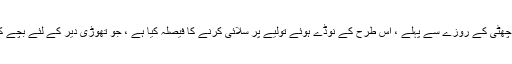
اس سال ، میں نے چھٹی کے روزے سے پہلے ، اس طرح کے نوڈے ہوئے تولیے پر سلائی کرنے کا فیصلہ کیا ہے ، جو تھوڑی دیر کے لئے بچے کے ساتھ بڑھتا ہے۔